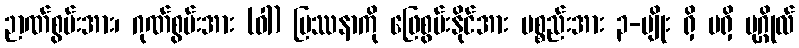
ဉာဏ်စွမ်းအား၊ ဂုဏ်စွမ်းအား (ဝါ) ပြဿနာကို ဖြေစွမ်းနိုင်အား ပစ္စည်းအား ၃-မျိုး ရှိ မရှိ ပုဂ္ဂိုလ်